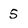
Character: 5